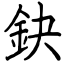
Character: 鈌